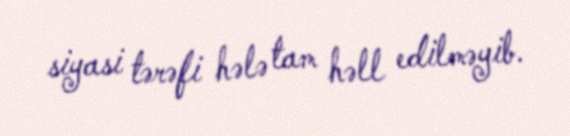
siyasi tərəfi hələ tam həll edilməyib.